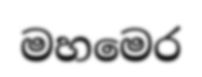
මහමෙර